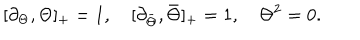
[ \partial _ { \Theta } , \Theta ] _ { + } = 1 , \quad [ \partial _ { \bar { \Theta } } , \bar { \Theta } ] _ { + } = 1 , \quad \Theta ^ { 2 } = 0 .